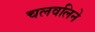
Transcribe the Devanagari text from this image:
चलवलिने